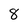
Character: 8